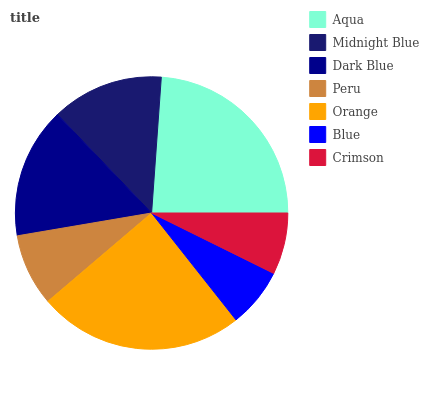
| Aqua | Midnight Blue | Dark Blue | Peru | Orange | Blue | Crimson |
 | --- | --- | --- | --- | --- | --- | --- |
 | 23.9% | 13.3% | 15.5% | 8.55% | 24.4% | 7.05% | 7.31% |